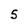
Character: 5